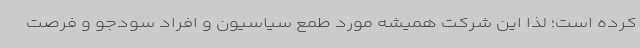
کرده است؛ لذا این شرکت همیشه مورد طمع سیاسیون و افراد سودجو و فرصت